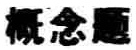
概念题